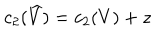
c _ { 2 } ( \widehat { V } ) = c _ { 2 } ( V ) + z